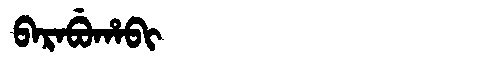
Manchu: ᠪᠠᡵᠠᠪᡠᡥᠠᠪᡳ
Romanization: BARABUHABI